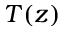
T ( z )